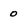
Character: 0